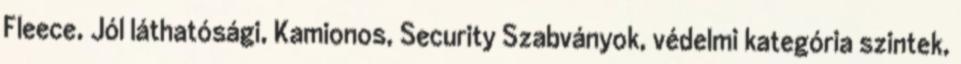
Fleece, Jól láthatósági, Kamionos, Security Szabványok, védelmi kategória szintek,